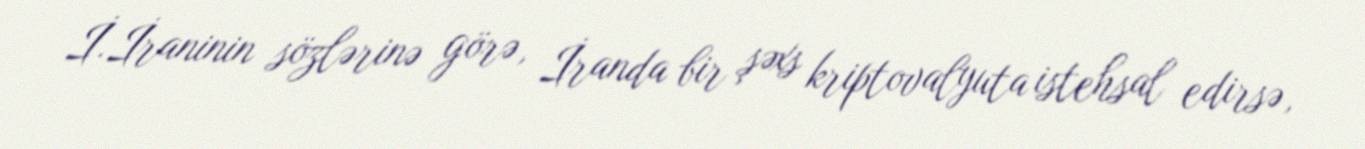
İ.İraninin sözlərinə görə, İranda bir şəxs kriptovalyuta istehsal edirsə,